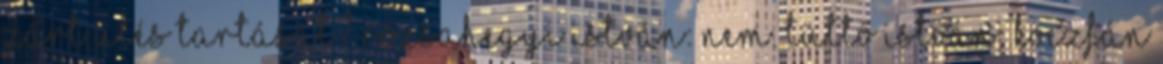
zárt ülés tartását? Rózsahegyi István: Nem. Tüttő István: Koczfán